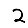
Digit: 2